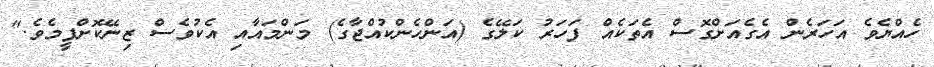
ހެއްޔެވެ އަހަރެން އެގެއަށްގޮސް އެތަކެއް ފަހަރު ކަލޭގެ (އަންހެންކުއްޖާގެ) މަންމައާއި އެކުވެސް ޒިނޭކޮށްފީމެވެ."